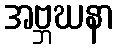
အဗ္ဘဃနာ